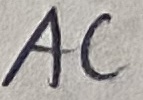
Text: AC